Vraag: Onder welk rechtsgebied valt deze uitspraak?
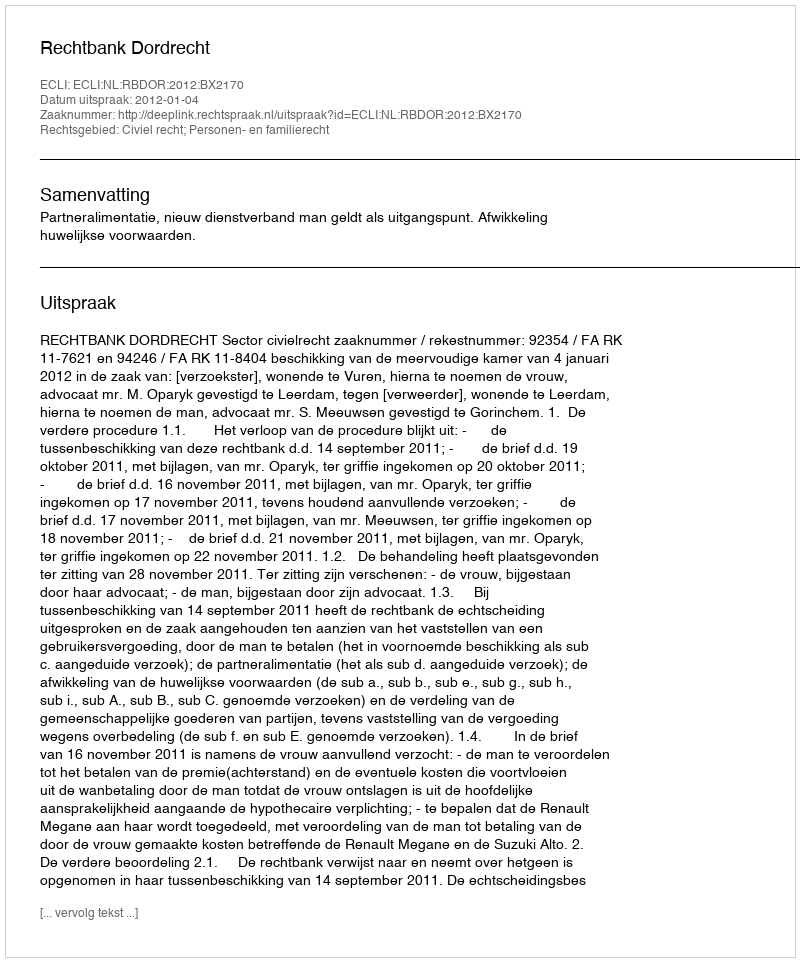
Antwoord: Civiel recht; Personen- en familierecht